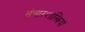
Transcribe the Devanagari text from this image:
संचारशास्त्रियों